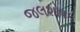
જલશોષક